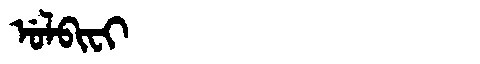
Manchu: ᡠᠯᠪᡳᠸᡳ
Romanization: ULBIFI